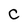
Character: C